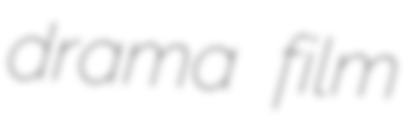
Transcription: drama film